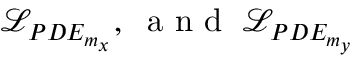
\mathcal { L } _ { P D E _ { m _ { x } } } , \; \mathrm { ~ a ~ n ~ d ~ } \; \mathcal { L } _ { P D E _ { m _ { y } } }